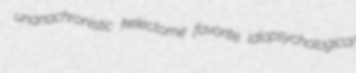
unanachronistic kelectome favorite idiopsychological